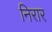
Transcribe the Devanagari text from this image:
निरार